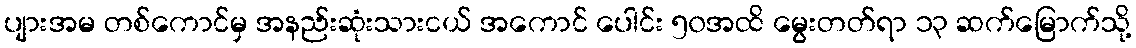
ပျားအမ တစ်ကောင်မှ အနည်းဆုံးသားငယ် အကောင် ပေါင်း ၅၀အထိ မွေးတတ်ရာ ၁၃ ဆက်မြောက်သို့